Leningradi_Edasi_toimetus, lk 108
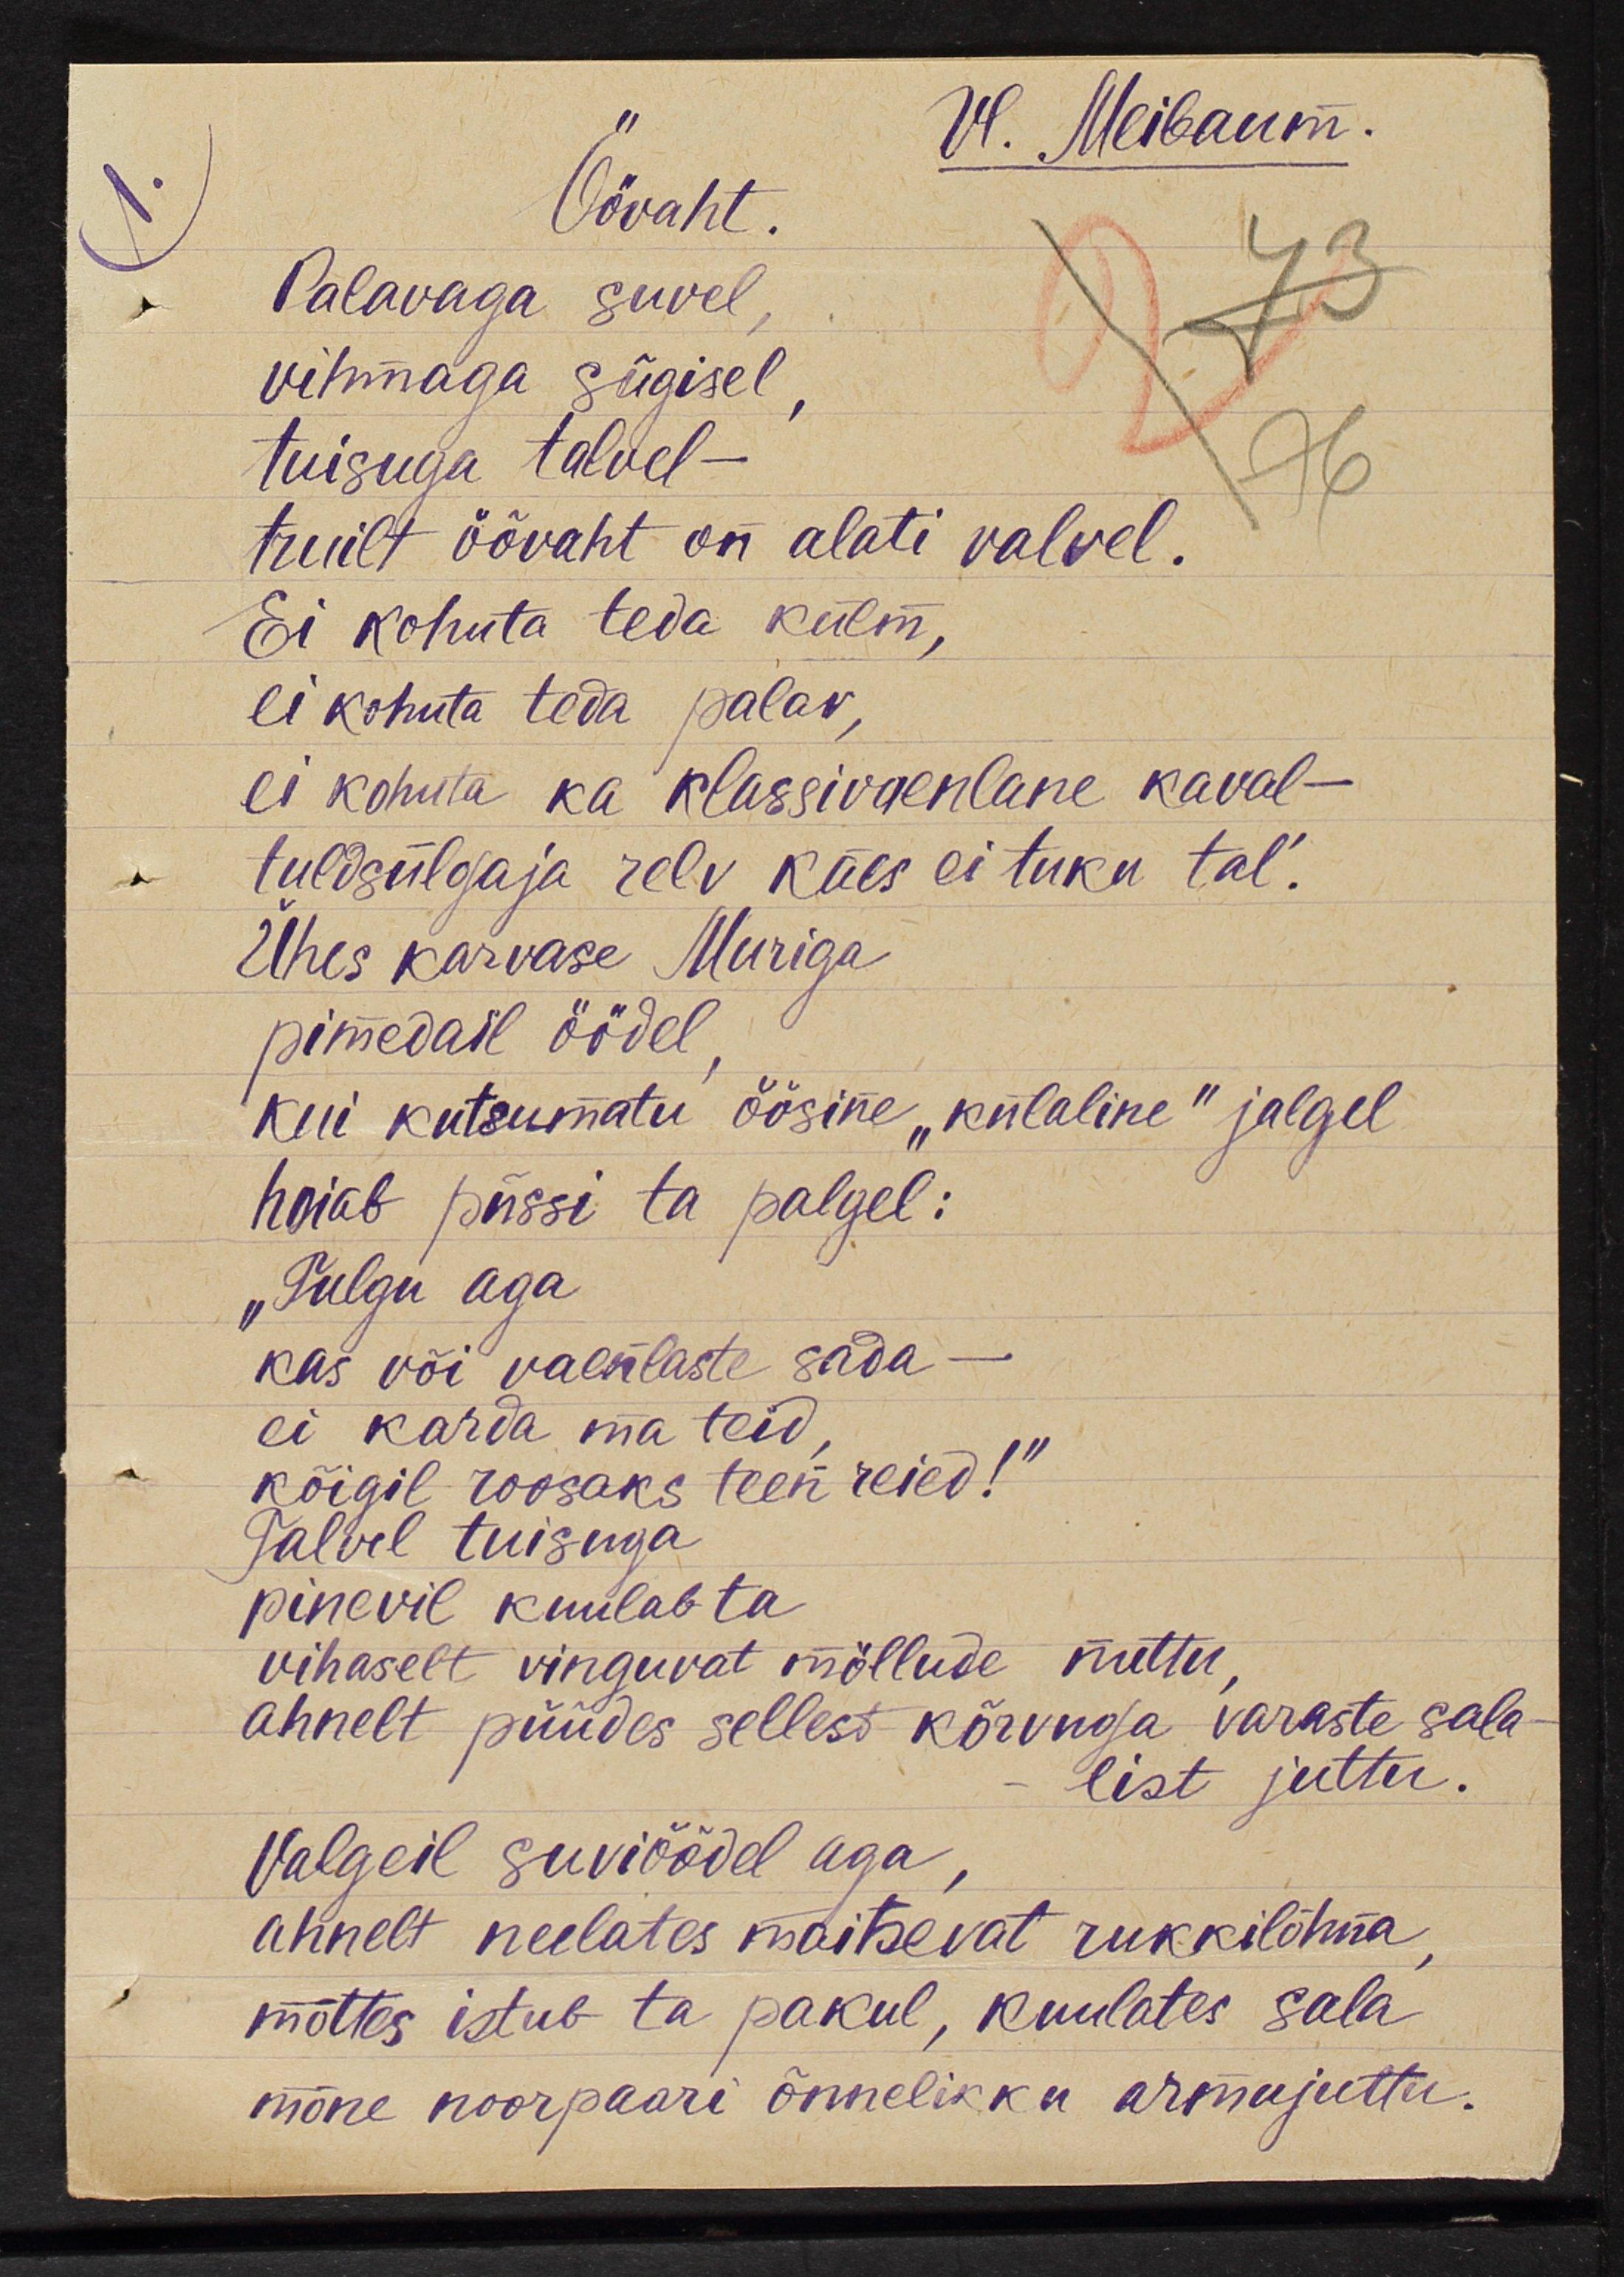
Vl. Meibaum.
Öövaht. 
Palavaga suvel, 
vihmaga sügisel, 
tuisuga talvel -
truilt öövaht on alati valvel. 
Ei kohuta teda külm,
ei kohuta teda palav, 
ei kohuta ka klassivaenlane kaval -
tuldsülgaja relv käes ei tuku tal'.
Ühes karvase Muriga
pimedail öödel, 
kui kutsumatu öösine "külaline" jalgel
hoiab püssi ta palgel:
"Tulgu aga
kas või vaenlaste sada -
ei karda ma teid, 
kõigil roosaks teen reied!"
Talvel tuisuga
pinevil kuulab ta
vihaselt vinguvat möllude nuttu, 
ahnelt püüdes sellest kõrvuga varaste sala- 
list juttu.
Valgeil suviöödel aga, 
ahnelt neelates maitsevat rukkilõhna,
mõttes istub ta pakul, kuulates sala
mõne noorpaari õnnelikku armujuttu.